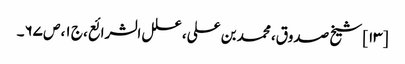
[۱۳] شیخ صدوق، محمد بن علی، علل الشرائع، ج ۱، ص ۶۷۔